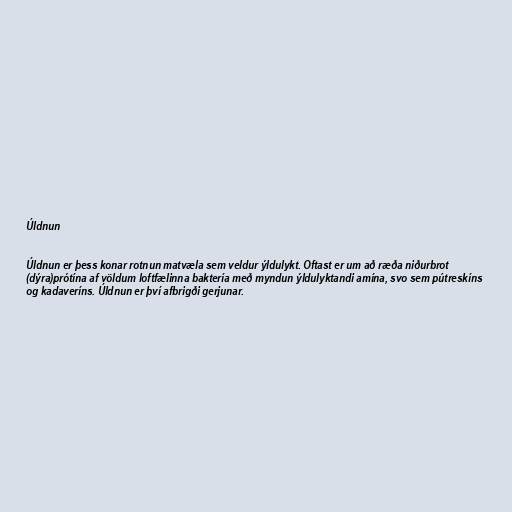
Úldnun

Úldnun er þess konar rotnun matvæla sem veldur ýldulykt. Oftast er um að ræða niðurbrot
(dýra)prótína af völdum loftfælinna baktería með myndun ýldulyktandi amína, svo sem pútreskíns
og kadaveríns. Úldnun er því afbrigði gerjunar.